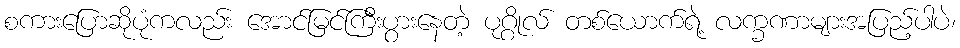
စကားပြောဆိုပုံကလည်း အောင်မြင်ကြီးပွားနေတဲ့ ပုဂ္ဂိုလ် တစ်ယောက်ရဲ့ လက္ခဏာများအပြည့်ပါပဲ၊